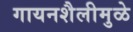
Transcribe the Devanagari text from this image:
गायनशैलीमुळे